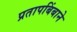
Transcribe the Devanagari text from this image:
प्रतापबिंबाने